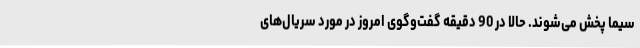
سیما پخش می‌شوند. حالا در 90 دقیقه گفت‌وگوی امروز در مورد سریال‌های